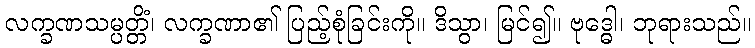
လက္ခဏသမ္ပတ္တိံ၊ လက္ခဏာ၏ ပြည့်စုံခြင်းကို။ ဒိသွာ၊ မြင်၍။ ဗုဒ္ဓေါ၊ ဘုရားသည်။